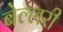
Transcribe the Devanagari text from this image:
बेल्लरी